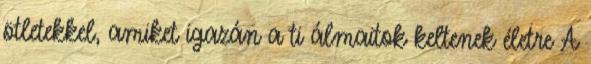
ötletekkel, amiket igazán a ti álmaitok keltenek életre A